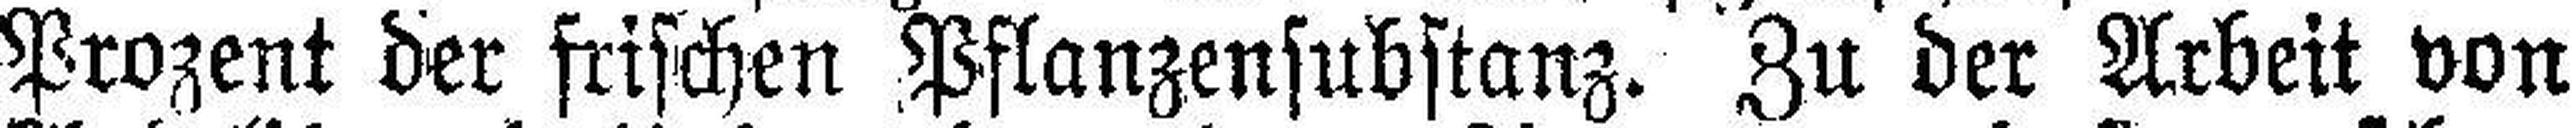
Prozent der frischen Pflanzensubstanz. Zu der Arbeit von